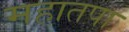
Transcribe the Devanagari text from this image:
महातपाः